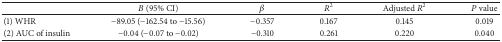
<table><thead><tr><td><b> </b></td><td><b><i>B</i> (95% CI)</b></td><td><b><i>β</i></b></td><td><b><i>R</i><sup>2</sup></b></td><td><b>Adjusted <i>R</i><sup>2</sup></b></td><td><b><i>P</i> value</b></td></tr></thead><tbody><tr><td>(1) WHR</td><td>−89.05 (−162.54 to −15.56)</td><td>−0.357</td><td>0.167</td><td>0.145</td><td>0.019</td></tr><tr><td>(2) AUC of insulin</td><td>−0.04 (−0.07 to −0.02)</td><td>−0.310</td><td>0.261</td><td>0.220</td><td>0.040</td></tr></tbody></table>